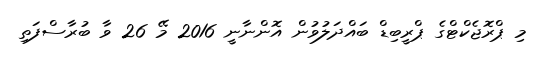
މި ޕްރޮޖެކްޓްގެ ޕްރީބިޑް ބައްދަލުވުން އޮންނާނީ 2016 މޭ 26 ވާ ބުރާސްފަތި